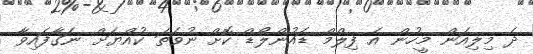
ދެ މިލިއަން މީހުން އެ ފިލްމް ޑައުންލޯޑް ކޮށް ނުވަތަ ކުއްޔަށް ނަގާފައިވާ